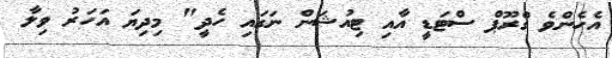
އެހެންވެ ގްރޫޕް ސްޓަޑީ އާއި ޓިއުޝަން ނަގައި ހެދީ" މިދިޔަ އަހަރު ވިލާ